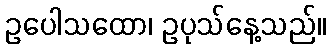
ဥပေါသထော၊ ဥပုသ်နေ့သည်။